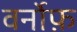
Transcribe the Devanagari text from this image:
वर्नोफ़